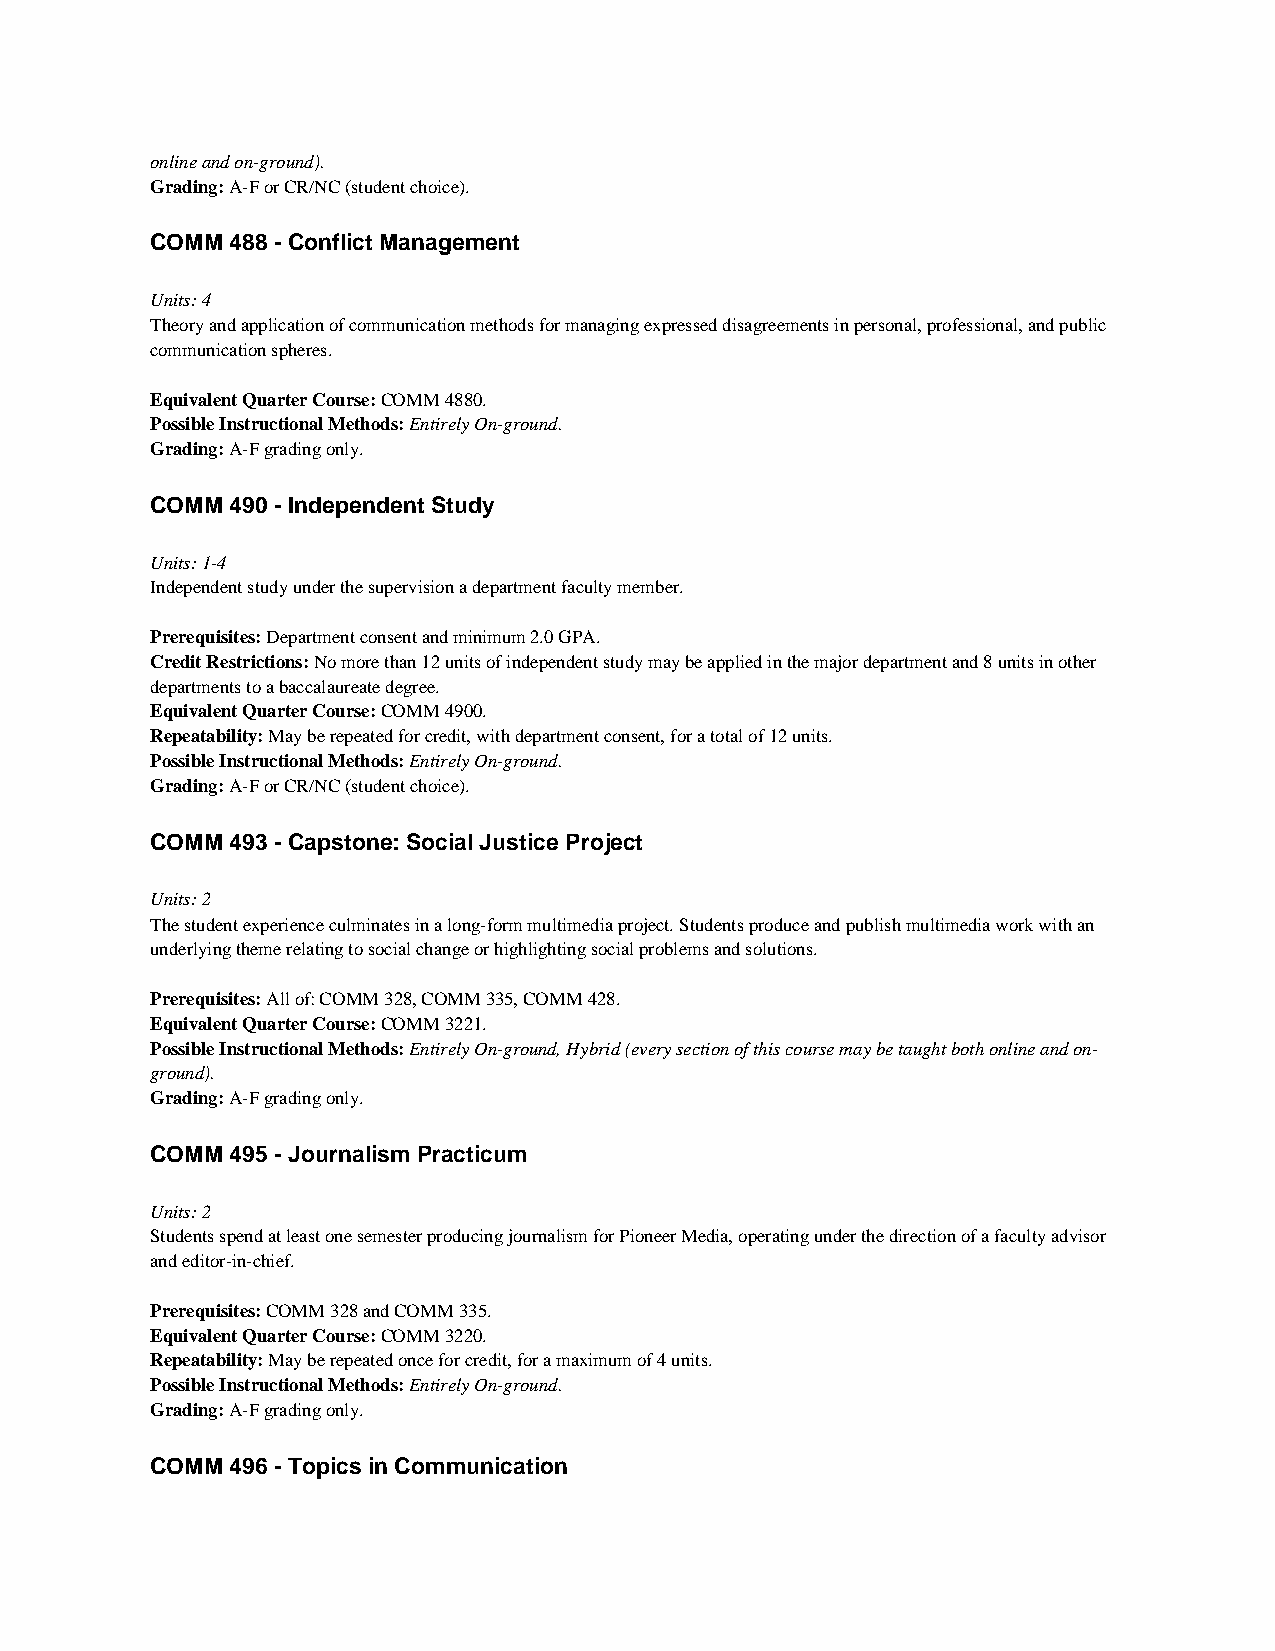
online and on-ground).
 Grading: A-F or CR/NC (student choice).
 COMM 488 - Conflict Management
 Units: 4
 Theory and application of communication methods for managing expressed disagreements in personal, professional, and public
 communication spheres.
 Equivalent Quarter Course: COMM 4880.
 Possible Instructional Methods: Entirely On-ground.
 Grading: A-F grading only.
 COMM 490 - Independent Study
 Units: 1-4
 Independent study under the supervision a department faculty member.
 Prerequisites: Department consent and minimum 2.0 GPA.
 Credit Restrictions: No more than 12 units of independent study may be applied in the major department and 8 units in other
 departments to a baccalaureate degree.
 Equivalent Quarter Course: COMM 4900.
 Repeatability: May be repeated for credit, with department consent, for a total of 12 units.
 Possible Instructional Methods: Entirely On-ground.
 Grading: A-F or CR/NC (student choice).
 COMM 493 - Capstone: Social Justice Project
 Units: 2
 The student experience culminates in a long-form multimedia project. Students produce and publish multimedia work with an
 underlying theme relating to social change or highlighting social problems and solutions.
 Prerequisites: All of: COMM 328, COMM 335, COMM 428.
 Equivalent Quarter Course: COMM 3221.
 Possible Instructional Methods: Entirely On-ground, Hybrid (every section of this course may be taught both online and on-
 ground).
 Grading: A-F grading only.
 COMM 495 - Journalism Practicum
 Units: 2
 Students spend at least one semester producing journalism for Pioneer Media, operating under the direction of a faculty advisor
 and editor-in-chief.
 Prerequisites: COMM 328 and COMM 335.
 Equivalent Quarter Course: COMM 3220.
 Repeatability: May be repeated once for credit, for a maximum of 4 units.
 Possible Instructional Methods: Entirely On-ground.
 Grading: A-F grading only.
 COMM 496 - Topics in Communication